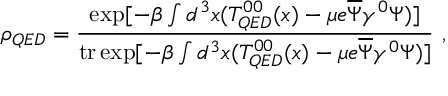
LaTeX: \rho _ { Q E D } = \frac { \exp [ - \beta \int d ^ { 3 } x ( T _ { Q E D } ^ { 0 0 } ( x ) - \mu e \overline { { { \Psi } } } \gamma ^ { 0 } \Psi ) ] } { { \mathrm { t r } } \exp [ - \beta \int d ^ { 3 } x ( T _ { Q E D } ^ { 0 0 } ( x ) - \mu e \overline { { { \Psi } } } \gamma ^ { 0 } \Psi ) ] } \ ,